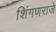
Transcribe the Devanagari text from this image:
शिंगणराजे